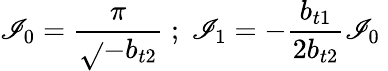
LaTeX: \mathscr{I}_{0}=\frac{{\pi}}{{\sqrt{}{{-b_{t2}}}}}\; ;\; \mathscr{I}_{1}=-\frac{{b_{t1}}}{{2b_{t2}}}\mathscr{I}_{0}\;